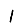
Digit: 1